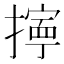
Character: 𢴕